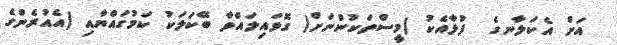
އަށް އެކަލާނގެ  ފުޅާއެކު (މީސްތަކުންނަށް) ގޮވައިލައްވާ ބޭކަލަކު ކަމުގައްޔާއި (އެއުރެންގެ